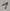
Text: 1